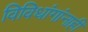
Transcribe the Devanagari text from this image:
विविधांगांनाही